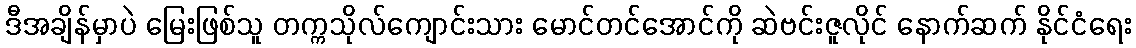
ဒီအချိန်မှာပဲ မြေးဖြစ်သူ တက္ကသိုလ်ကျောင်းသား မောင်တင်အောင်ကို ဆဲဗင်းဇူလိုင် နောက်ဆက် နိုင်ငံရေး